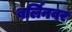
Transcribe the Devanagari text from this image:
बर्लिनवर